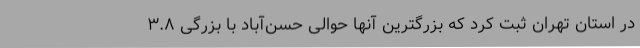
در استان تهران ثبت کرد که بزرگترین آنها حوالی حسن‌آباد با بزرگی ۳.۸